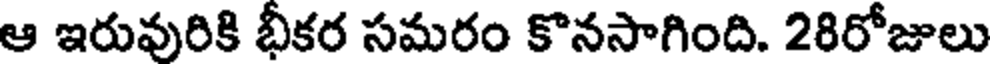
ఆ ఇరువురికి భీకర సమరం కొనసాగింది. 28రోజులు